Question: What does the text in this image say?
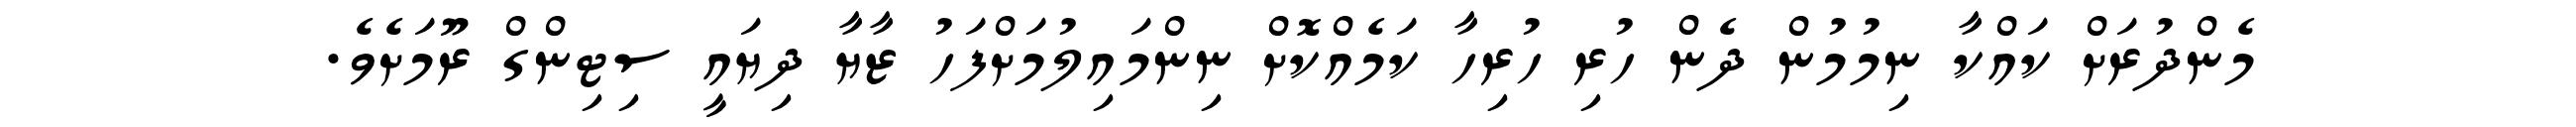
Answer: މެންދުރަށް ކައްކާ ނިމުމުން ދެން ހުރި ހުރިހާ ކަމެއްކޮށް ނިންމައިލުމަށްފަހު ޒާޔާ ދިޔައީ ސިޓިންގް ރޫމަށެވެ.